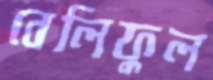
বেলিফুল